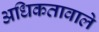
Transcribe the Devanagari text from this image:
अधिकतावाले